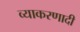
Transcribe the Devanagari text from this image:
व्याकरणादी